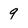
Character: 9